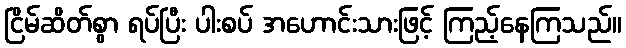
ငြိမ်ဆိတ်စွာ ရပ်ပြီး ပါးစပ် အဟောင်းသားဖြင့် ကြည့်နေကြသည်။